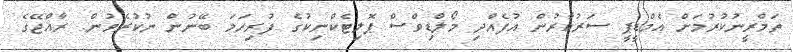
ތަމްރީނުކުރުމަށް އެމްޑީޕީ ސަރުކާރުން އުފެއްދި މޯލްޑިވްސް ޕޮލިޓެކްނިކުގެ ފުރިހަމަ ބޭނުން ނުކުރެވުން. ރާއްޖޭގެ